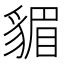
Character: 𧳬